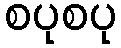
စပုစပု